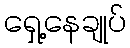
ရှေ့နေချုပ်